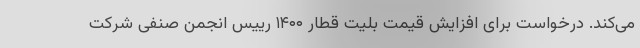
می‌کند. درخواست برای افزایش قیمت بلیت قطار ۱۴۰۰ رییس انجمن صنفی شرکت